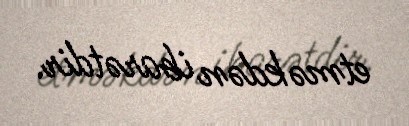
etməkdən ibarətdir.